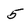
Character: 5